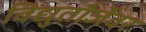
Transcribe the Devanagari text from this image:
विद्युतौर्जेवर